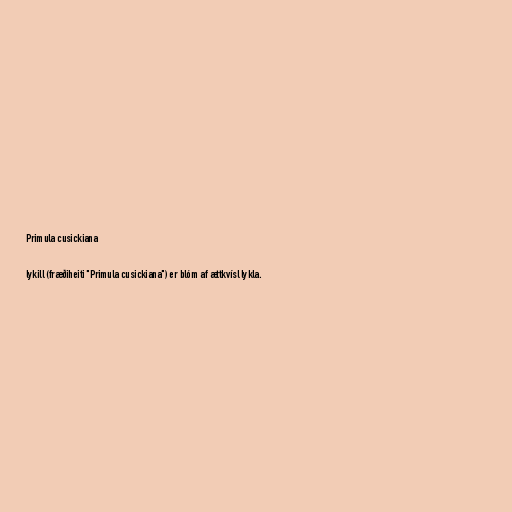
Primula cusickiana

lykill (fræðiheiti "Primula cusickiana") er blóm af ættkvísl lykla.